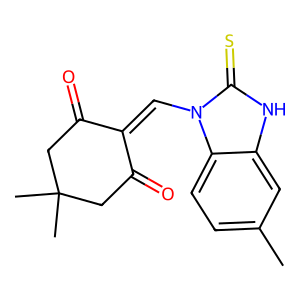
SMILES: Cc1ccc2c(c1)[nH]c(=S)n2C=C1C(=O)CC(C)(C)CC1=O
Inhibits HIV replication: No